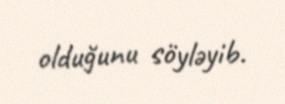
olduğunu söyləyib.